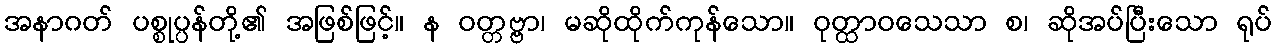
အနာဂတ် ပစ္စုပ္ပန်တို့၏ အဖြစ်ဖြင့်။ န ဝတ္တဗ္ဗာ၊ မဆိုထိုက်ကုန်သော။ ဝုတ္ထာဝသေသာ စ၊ ဆိုအပ်ပြီးသော ရုပ်